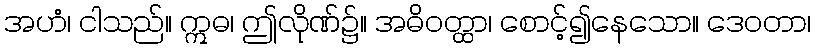
အဟံ၊ ငါသည်။ ဣဓ၊ ဤလိုဏ်၌။ အဓိဝတ္ထာ၊ စောင့်၍နေသော။ ဒေဝတာ၊